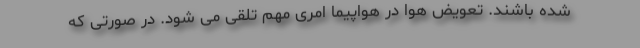
شده باشند. تعویض هوا در هواپیما امری مهم تلقی می شود. در صورتی که